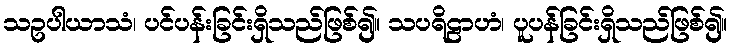
သဥပါယာသံ၊ ပင်ပန်းခြင်းရှိသည်ဖြစ်၍။ သပရိဠာဟံ၊ ပူပန်ခြင်းရှိသည်ဖြစ်၍။